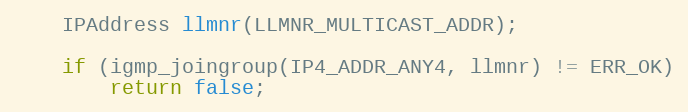
Language: C++
    IPAddress llmnr(LLMNR_MULTICAST_ADDR);

    if (igmp_joingroup(IP4_ADDR_ANY4, llmnr) != ERR_OK)
        return false;